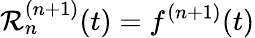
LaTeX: \mathcal{R}_{n}^{(n+1)}(t)=f^{(n+1)}(t)